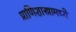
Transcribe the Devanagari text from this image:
प्राणिशास्त्रामध्ये